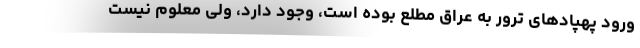
ورود پهپادهای ترور به عراق مطلع بوده است، وجود دارد، ولی معلوم نیست